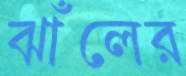
ঝাঁলের